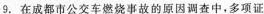
9.在成都市公交车燃烧事故的原因调查中，多项证